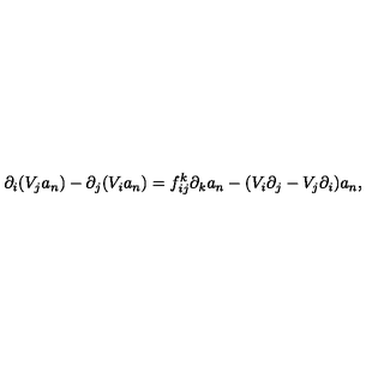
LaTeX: \partial _ { i } ( V _ { j } a _ { n } ) - \partial _ { j } ( V _ { i } a _ { n } ) = f _ { i j } ^ { k } \partial _ { k } a _ { n } - ( V _ { i } \partial _ { j } - V _ { j } \partial _ { i } ) a _ { n } ,